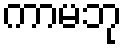
ကာမဘု